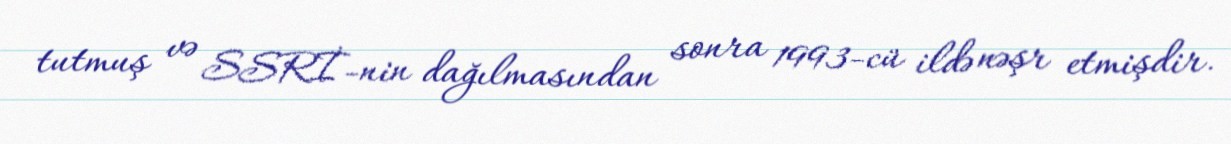
tutmuş və SSRİ-nin dağılmasından sonra 1993-cü ildə nəşr etmişdir.